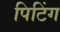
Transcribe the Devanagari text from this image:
पिटिंग